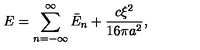
E = \sum _ { n = - \infty } ^ { \infty } \bar { E } _ { n } + \frac { c \xi ^ { 2 } } { 1 6 \pi a ^ { 2 } } { , }